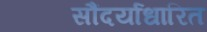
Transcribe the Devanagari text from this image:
सौंदर्याधारित